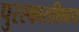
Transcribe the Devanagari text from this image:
पुरस्काराशिवाय